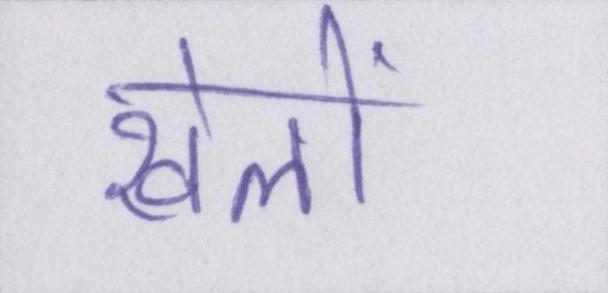
खेलों